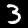
Label: 3